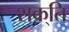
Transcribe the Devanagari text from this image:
शक़्ति